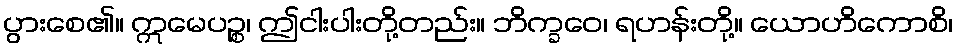
ပွားစေ၏။ ဣမေပဉ္စ၊ ဤငါးပါးတို့တည်း။ ဘိက္ခဝေ၊ ရဟန်းတို့။ ယောဟိကောစိ၊